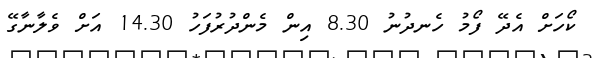
ކޯހަށް އެދޭ ފޯމު ހެނދުނު 8.30 އިން މެންދުރުފަހު 14.30 އަށް ވެލާނާގޭ